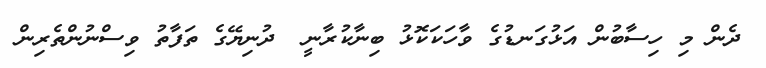
ދެން މި ހިސާބުން އަޅުގަނޑުގެ ވާހަކަކޮޅު ބިނާކުރާނީ  ދުނިޔޭގެ ތަފާތު ވިސްނުންތެރިން